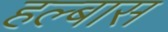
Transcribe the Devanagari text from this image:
हल्बास